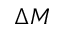
\Delta M